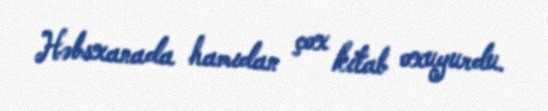
Həbsxanada hamıdan çox kitab oxuyurdu.